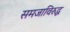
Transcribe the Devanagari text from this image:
समजाविरुद्ध